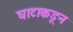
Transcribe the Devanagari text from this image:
घाटाकडून